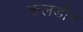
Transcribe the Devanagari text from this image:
कलडीन